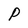
Character: P